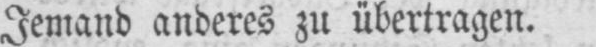
Jemand anderes zu übertragen.